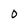
Character: 0